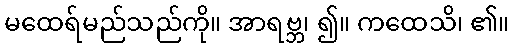
မထေရ်မည်သည်ကို။ အာရဗ္ဘ၊ ၍။ ကထေသိ၊ ၏။